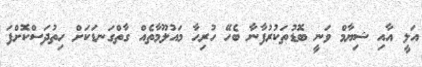
އަލީ އާއި ޝިޔާމް ވަނީ ބޮޑުތަކުރުފާނާ ބެހޭ ހުރިހާ މައުލޫމާތެއް ގާތްގަނޑަކަށް ހިތުދަސްކޮށްފަ